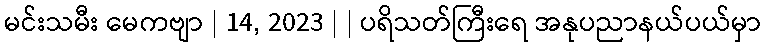
မင်းသမီး မေကဗျာ | 14, 2023 | | ပရိသတ်ကြီးရေ အနုပညာနယ်ပယ်မှာ